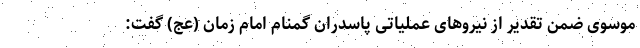
موسوی ضمن تقدیر از نیرو‌های عملیاتی پاسدران گمنام امام زمان (عج) گفت: